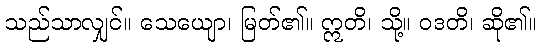
သည်သာလျှင်။ သေယျော၊ မြတ်၏။ ဣတိ၊ သို့။ ဝဒတိ၊ ဆို၏။